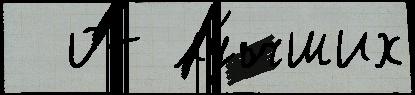
  от лу́чших